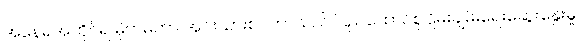
အနေရအထိုင်ရ မိုက်မဲကာ အင်းယားစင်တာသည် ပြည်ထောင်စုငြိမ်းချမ်းရေးဆွေးနွေးမှု